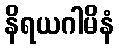
နိရယဂါမိနံ